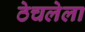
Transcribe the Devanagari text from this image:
ठेचलेला